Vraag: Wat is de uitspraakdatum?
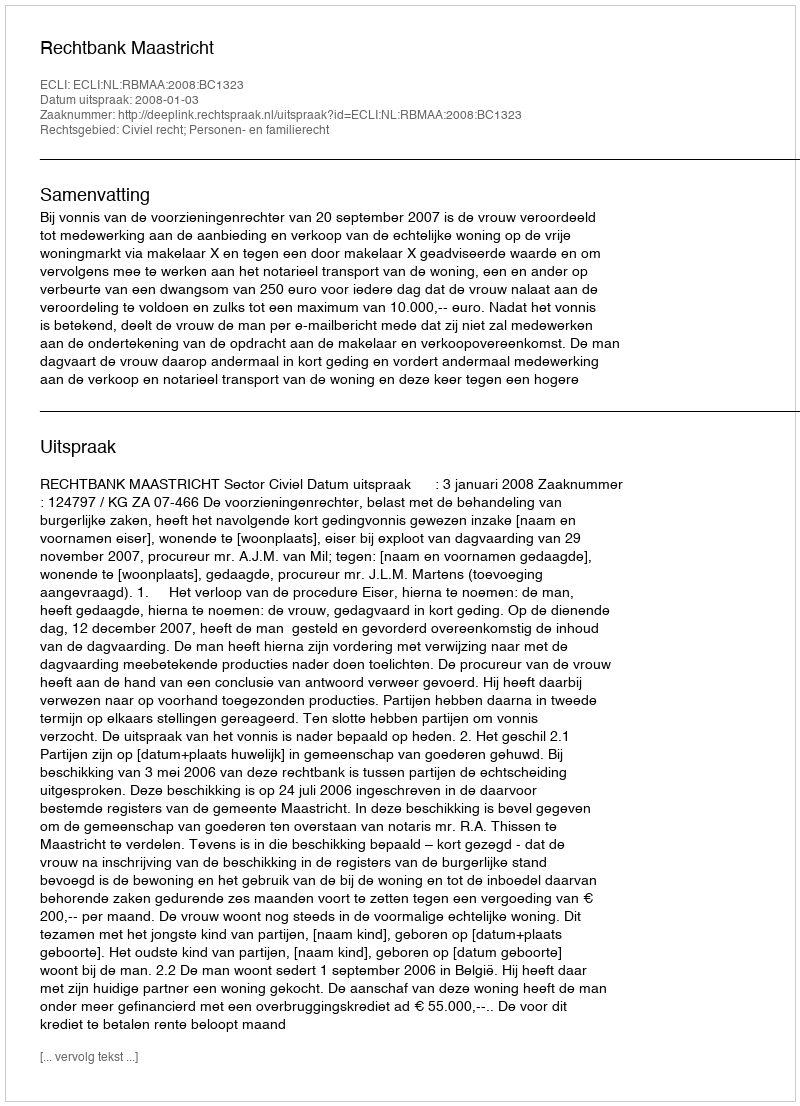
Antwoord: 2008-01-03